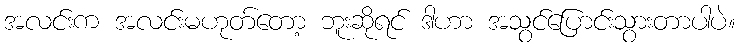
အလင်းက အလင်းမဟုတ်တော့ ဘူးဆိုရင် ဒါဟာ အသွင်ပြောင်းသွားတာပါပဲ။